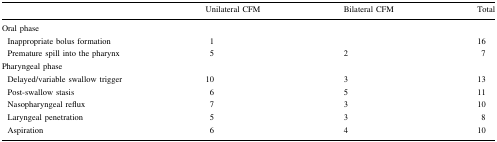
|  | Unilateral CFM | Bilateral CFM | Total |
 | --- | --- | --- | --- |
 | <COLSPAN=4> Oral phase |
 | Inappropriate bolus formation | 1 |  | 16 |
 | Premature spill into the pharynx | 5 | 2 | 7 |
 | <COLSPAN=4> Pharyngeal phase |
 | Delayed/variable swallow trigger | 10 | 3 | 13 |
 | Post-swallow stasis | 6 | 5 | 11 |
 | Nasopharyngeal reflux | 7 | 3 | 10 |
 | Laryngeal penetration | 5 | 3 | 8 |
 | Aspiration | 6 | 4 | 10 |